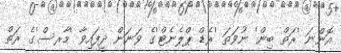
އޮންނަ 'ރަތް ބިން' ނުވަތަ 'ރެޑް ޕްލެނެޓް'ގެ ވަނަން ދީފައިވާ 'މާރސް'ގެ ރަތް